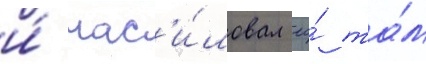
и́ нас'и́ловал ео́ та́м